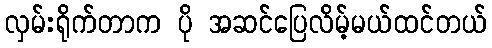
လှမ်းရိုက်တာက ပို အဆင်ပြေလိမ့်မယ်ထင်တယ်